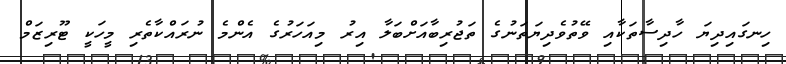
ހިނގައިދިޔަ ހާދިސާތަކާއި ވޭތުވެދިޔަތަނުގެ ތަޖުރިބާއަށްބަލާ އިރު މިއަހަރުގެ އެންމެ ނުރައްކާތެރި މީހަކީ ޓޫރިޒަމް